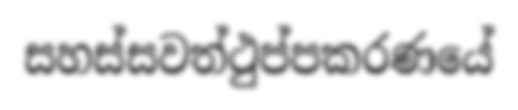
සහස්සවත්ථුප්පකරණයේ